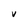
Character: v